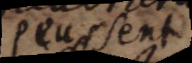
peussent